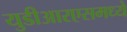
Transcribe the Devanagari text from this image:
युडीआरएसमध्ये